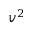
v ^ { 2 }